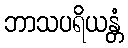
ဘာသပရိယန္တံ